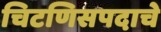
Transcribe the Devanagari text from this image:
चिटणिसपदाचे